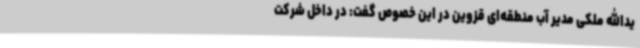
یدالله ملکی مدیر آب منطقه‌ای قزوین در این خصوص گفت: در داخل شرکت